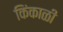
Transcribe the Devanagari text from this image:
किंकाळी